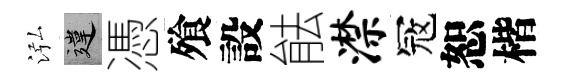
泓違憑飱設䏻潸冦恕楷